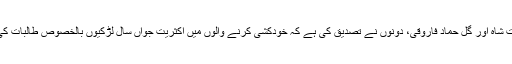
مغفرت شاہ اور گل حماد فاروقی، دونوں نے تصدیق کی ہے کہ خودکشی کرنے والوں میں اکثریت جواں سال لڑکیوں بالخصوص طالبات کی ہے۔